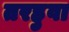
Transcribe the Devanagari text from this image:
तरहुवा